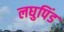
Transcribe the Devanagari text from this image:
लघुपिंड